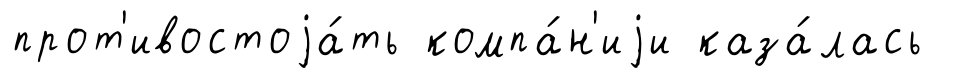
прот'ивостоjа́ть компа́н'иjи каза́лась